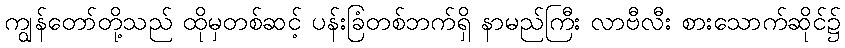
ကျွန်တော်တို့သည် ထိုမှတစ်ဆင့် ပန်းခြံတစ်ဘက်ရှိ နာမည်ကြီး လာဗီလီး စားသောက်ဆိုင်၌